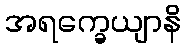
အရက္ခေယျာနိ